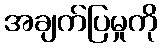
အချက်ပြမှုကို